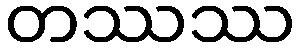
တဿဿ